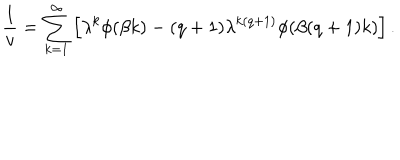
LaTeX: \frac 1 v = \sum _ { k = 1 } ^ { \infty } \left[ \lambda ^ { k } \phi ( \beta k ) - ( q + 1 ) \lambda ^ { k ( q + 1 ) } \phi ( \beta ( q + 1 ) k ) \right] .